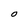
Character: O